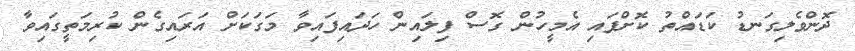
ދޮންވެލިގަނޑު ކަޑައްތު ކޮށްފައި އެމީހުން ގޮސް ފިލައިން ހަދައިފައިވާ މަގަކަށް އަރައިގެން ކުރިމަތީގައިވާ